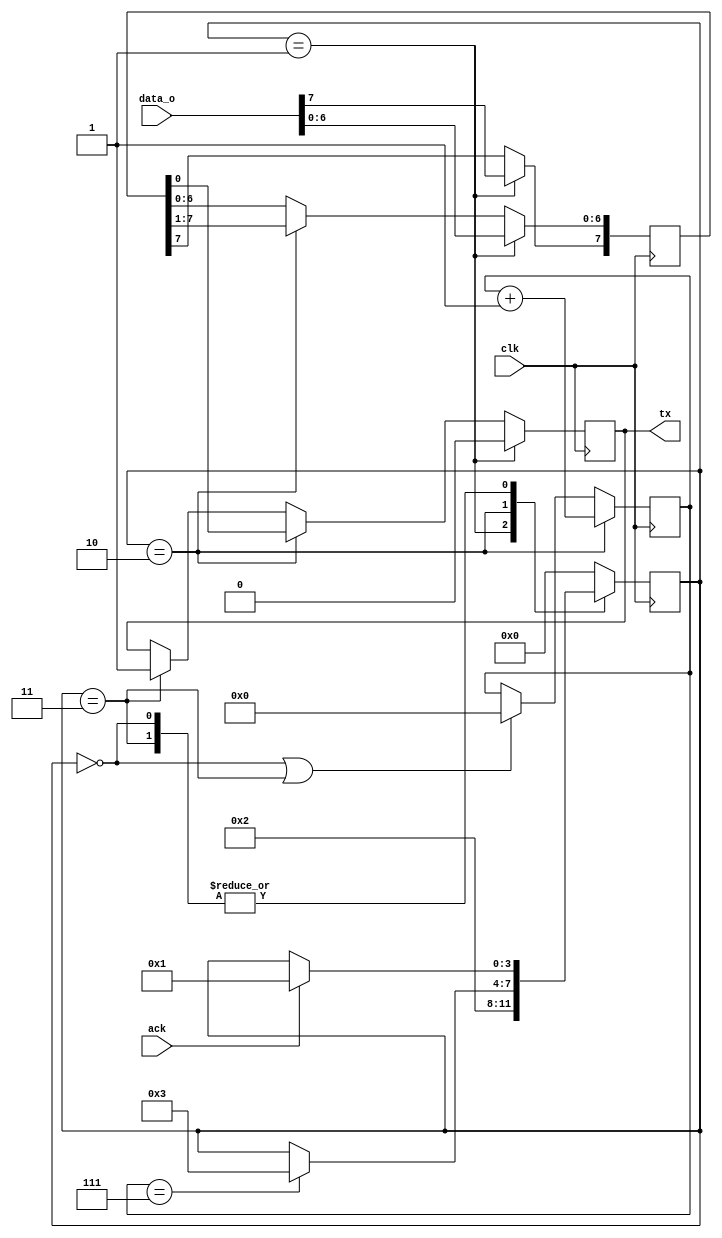
`timescale 1ns / 1ps
//////////////////////////////////////////////////////////////////////////////////
// Company: 
// Engineer: 
// 
// Design Name: 
// Module Name: top
// Project Name: 
// Target Devices: 
// Tool Versions: 
// Description: 
// 
// Dependencies: 
// 
// Revision:
// Revision 0.01 - File Created
// Additional Comments:
// 
//////////////////////////////////////////////////////////////////////////////////

module uart_tx(
    input clk,
    input ack,
    input [7:0] data_o,
    output reg tx
    );
    
    localparam IDLE = 0,
               SEND_START = 1,
               SEND_DATA = 2,
               SEND_END = 3;
    
    reg [3:0] current_state, next_state;
    reg [4:0] count;
    reg [7:0] data_o_tmp;
    
    always@(posedge clk)
        current_state = next_state;
    
    always@(*)
    begin   
        next_state = current_state;
        case (current_state)
            IDLE: if(ack) next_state = SEND_START;
            SEND_START: next_state = SEND_DATA;
            SEND_DATA: if(count == 7) next_state = SEND_END;
            SEND_END: if(ack) next_state = SEND_START;
            default: next_state = IDLE;
        endcase
    end
    
    always @(posedge clk)
    begin
        if (current_state == SEND_DATA)
            count = count + 1;
        else if (current_state == IDLE | current_state == SEND_END)
            count = 0;
    end
    
    always @(posedge clk)
        if (current_state == SEND_START)
            data_o_tmp = data_o;
        else if (current_state == SEND_DATA)
            data_o_tmp[6:0] = data_o_tmp[7:1];
    
    always @(posedge clk)
        if(current_state == SEND_START)
            tx = 0;
        else if(current_state == SEND_DATA)
            tx = data_o_tmp[0];
        else if(current_state == SEND_END)
            tx = 1; 
endmodule